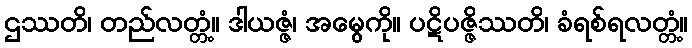
ဌဿတိ၊ တည်လတ္တံ့။ ဒါယဇ္ဇံ၊ အမွေကို။ ပဋိပဇ္ဇိဿတိ၊ ခံရစ်ရလတ္တံ့။